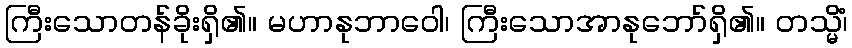
ကြီးသောတန်ခိုးရှိ၏။ မဟာနုဘာဝေါ၊ ကြီးသောအာနုဘော်ရှိ၏။ တသ္မိံ၊